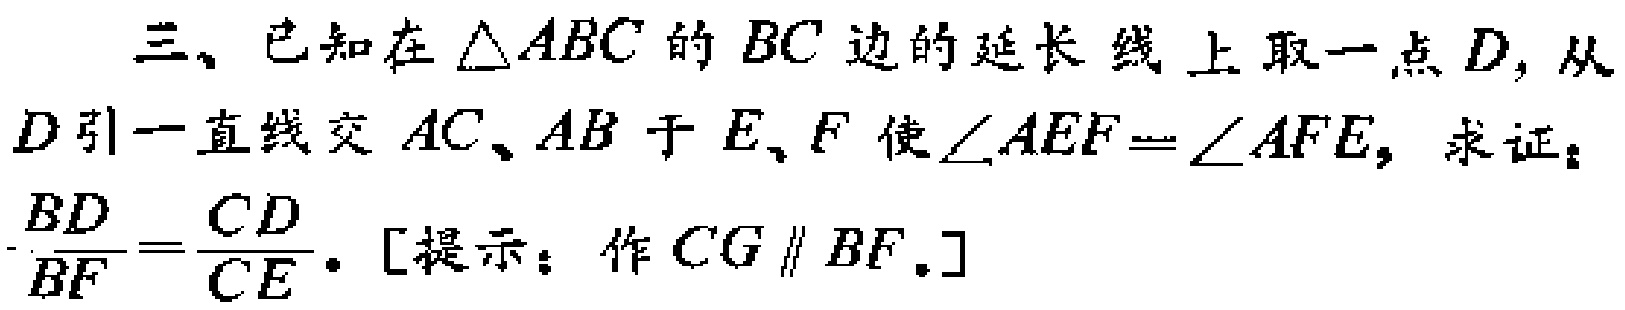
三、已知在$\triangle ABC$的$BC$边的延长线上取一点$D$，从$D$引一直线交$AC、AB$于$E、F$使$\angle AEF = \angle AFE$，求证：$\frac{BD}{BF}=\frac{CD}{CE}$。[提示：作$CG \parallel BF$。]